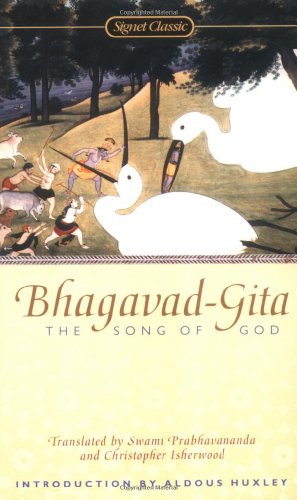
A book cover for Bhagavad-Gita: The Song of God; Religion & Spirituality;